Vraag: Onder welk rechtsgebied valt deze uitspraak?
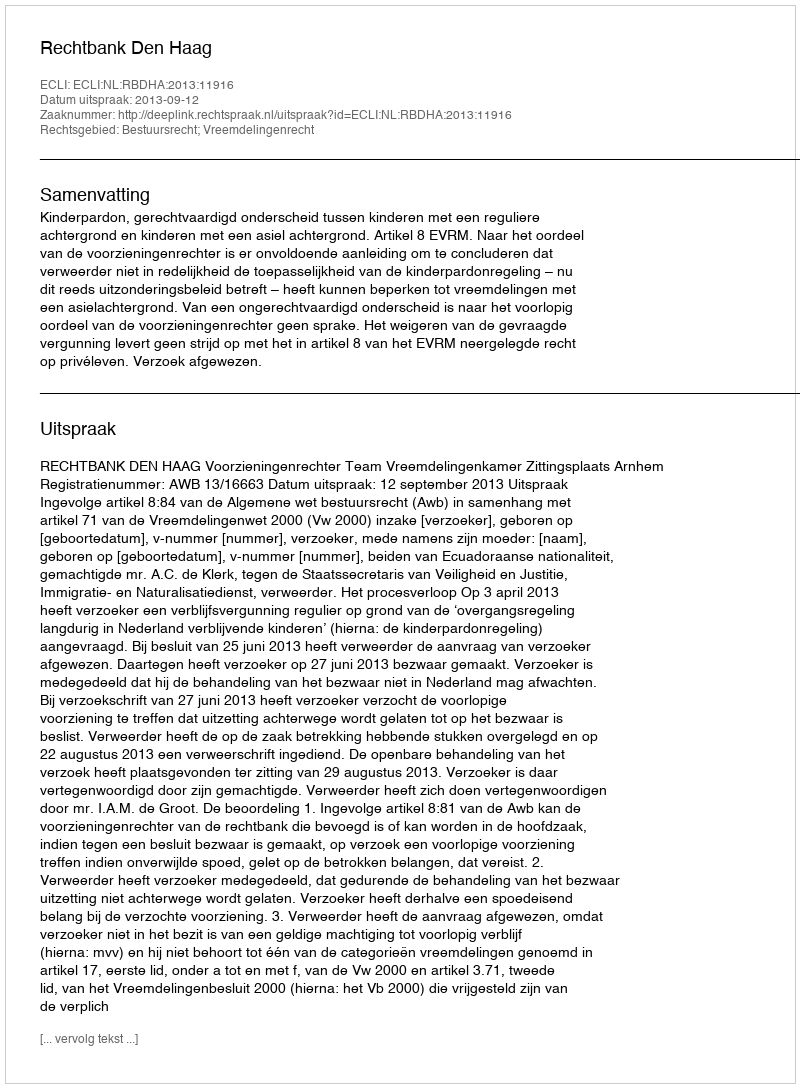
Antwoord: Bestuursrecht; Vreemdelingenrecht